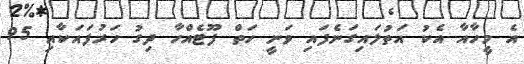
އެ މީހާއާ އެކު އަތުލައިގަނެފައި ވަނީ ހަތް ފޫޓެއްހާ ދިގު ހަރުފައަކާއި 95